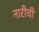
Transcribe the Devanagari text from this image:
नारीची